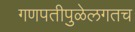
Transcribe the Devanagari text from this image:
गणपतीपुळेलगतच